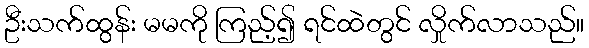
ဦးသက်ထွန်း မမကို ကြည့်၍ ရင်ထဲတွင် လှိုက်လာသည်။